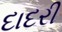
દાદરી